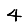
Digit: 4